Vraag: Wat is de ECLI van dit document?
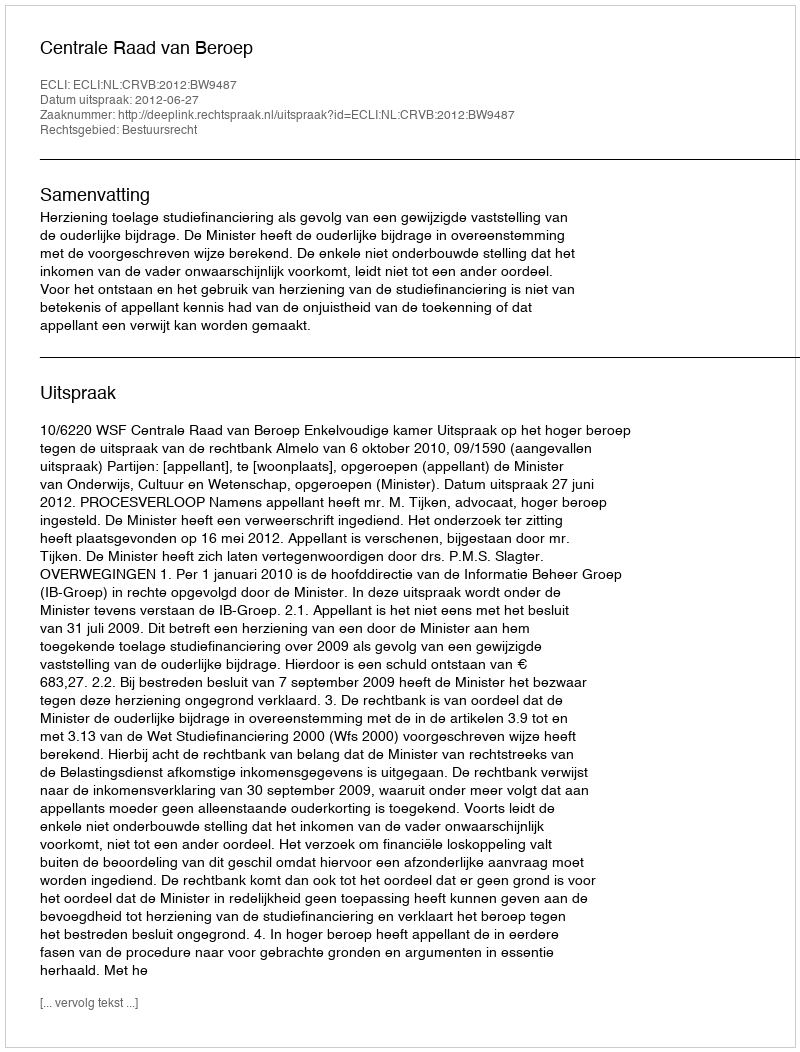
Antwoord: ECLI:NL:CRVB:2012:BW9487